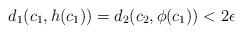
LaTeX: \begin{align*}d_1(c_1,h(c_1))=d_2(c_2,\phi(c_1))<2\epsilon\end{align*}